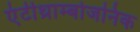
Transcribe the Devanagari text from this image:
एंटीथ्राम्बोजनिक